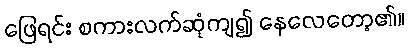
ဖြေရင်း စကားလက်ဆုံကျ၍ နေလေတော့၏။